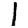
Digit: 1